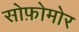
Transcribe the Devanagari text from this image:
सोफ़ोमोर